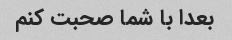
بعدا با شما صحبت کنم